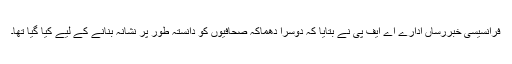
فرانسیسی خبررساں ادارے اے ایف پی نے بتایا کہ دوسرا دھماکہ صحافیوں کو دانستہ طور پر نشانہ بنانے کے لیے کیا گیا تھا۔